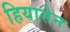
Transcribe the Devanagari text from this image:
हियासेन